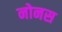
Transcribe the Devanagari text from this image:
नोनस